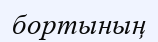
бортының